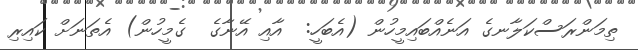
ތިމަންރަސްކަލާނގެ އަނެއްބައިމީހުން (އެބަހީ:  އާއި އޭނާގެ  ގެމީހުން) އެތަނަށް ކައިރި